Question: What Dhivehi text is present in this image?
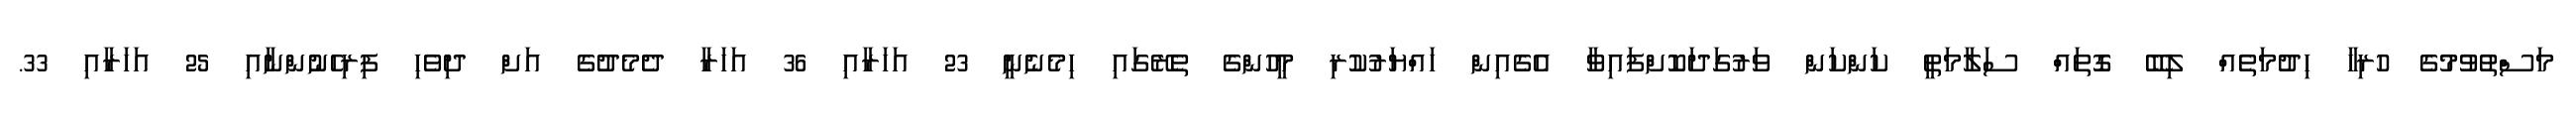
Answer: މަސްތުވުމުގެ ހުރިހާ ހިދުމަތެއް ލިބޭ ގޮތައް ސަލާމަތީ ކަންކަން ވަރުގަދަކޮށްފައިވާ އެގެއިން ހައްޔަރުކުރި މީހުންގެ ތެރޭގައި ހިމެނެނީ 23 އަހަރާއި 36 އަހަރާ ދެމެދުގެ އަށް ދިވެހި ފިރިހެނުންނާއި 25 އަހަރާއި 33.